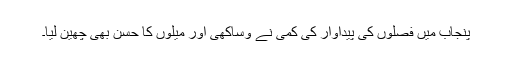
پنجاب میں فصلوں کی پیداوار کی کمی نے وساکھی اور میلوں کا حسن بھی چھین لیا۔